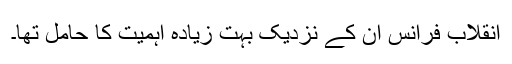
انقلاب فرانس ان کے نزدیک بہت زیادہ اہمیت کا حامل تھا۔